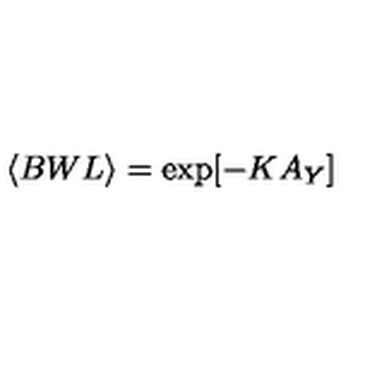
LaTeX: \langle B W L \rangle = \exp [ - K A _ { Y } ]